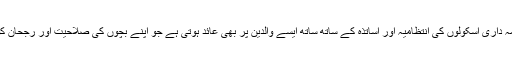
'یو ایس اے ٹوڈے' لکھتا ہے کہ طلبہ پر قبل از وقت حساب کا بے تحاشا بوجھ لادنے کی ذمہ داری اسکولوں کی انتظامیہ اور اساتذہ کے ساتھ ساتھ ایسے والدین پر بھی عائد ہوتی ہے جو اپنے بچوں کی صلاحیت اور رجحان کو جانے بغیر انہیں حساب کی موٹی موٹی کتابوں میں سر کھپاتے دیکھ کر خوش ہوتے ہیں۔